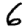
Digit: 6